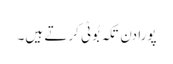
پورا دن تکہ بُوٹی کرتے ہیں۔